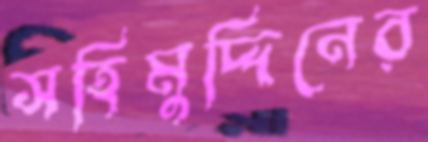
সহিমুদ্দিনের